Scottish Leaving Certificate Examination, 1958
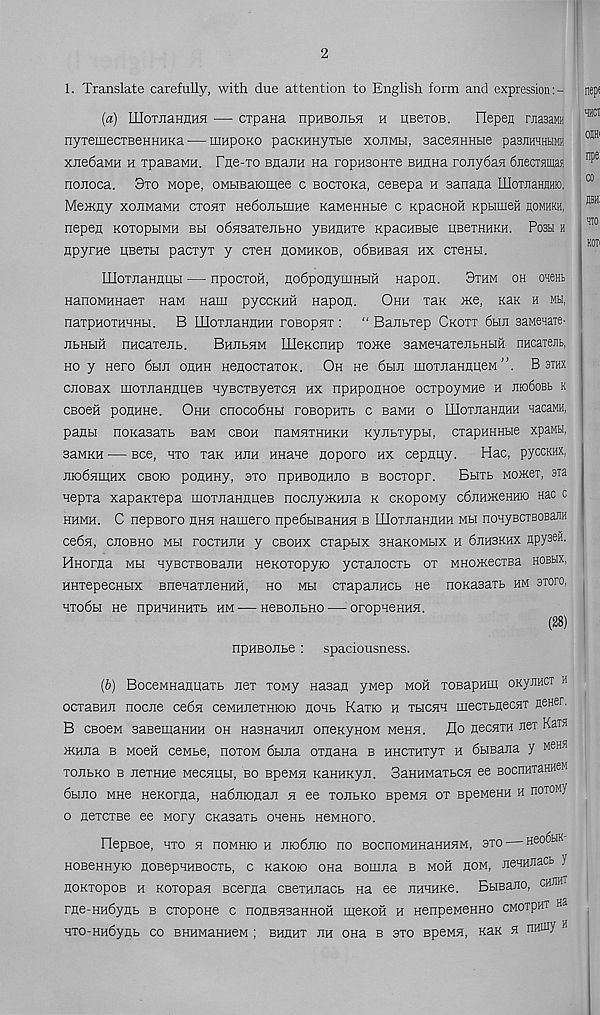
2
1. Translate carefully, with due attention to English form and expression
(a) liloTJiaHnnH •—■ cxpana npuBonbsi h UBeroB.
riepen rnasaMH
nyTemecTBenHHKa — mnpoKO pacKHHyrae xojimbi, saceHHHtie pasjimHHM
xjiedaMH h ipaBawH. fne-TO BHariH na ropHSonxe BHHHa rojiydaa 6jiecTamas
nonoca. 3xo Mope, oMtiBaiomee c Bocxona, cesepa h Banana IIloTJiaHBHio.
Memny xonMaMH cxohx Hedojibiime KaMeHHbie c KpacnoH Kpumeft bomhkh,
nepen KOXopbiMH bh odnsaxeribHO yBHnnxe KpacnBbie BBexHUKH. Posu h
npyrne UBexbi pacxyx y oxen homhkob, odsHBan hx cxenbi.
LUoxjiaHniJibi — npocxoh, nodponyuinbiH Hapon.
9xhm oh oaeHb
nanoMHHaex naM nam pyccKHil napon.
Ohh xax me, khk h mh,
naxpnoxHHHbi. B IIIoxjiaHnHH rosopsix : “ Banbxep Ckoxx 6bin saMesaTe-
jibHbiii nncaxenb.
Bhubsim IIIeKcnHp xome saMenaxeaibH* nHcaxeBb,
ho y Hero 6bm ohhh HenocxaxoK. Oh He 6bin moxnaHnneM ”. B sthx
cnoBax moxjiaHHueB HyscxEyexcsi hx npaponnoe ocxpoyMHe h jiio6obi> k
CBoeii ponHHe. Ohh cnocodHbi roBopHXb c BaMH o nioxnaHHHH xacaMH,
panbi noKaBaxb BaM cboh naMHXHHKH Kyjibxypbi, cxapHHHbie xpawbi,
saMKH — Bee, hxo xax hhh HHane noporo hx cepany.
Hac, pyccKHX,
modHiHHX cbok) poHHHy, 3xo npHEonnao b Bocxopr.
Bbixb Momex, axa
nepxa xapaxxepa moxjiaHHHeB nocnymnna k CKopoMy cdnHmeHHio Hac c
hhmh. C nepBoro hhh Hamero npedbiBaHHH b HIoxjiaHUHH mh nonyBCTBOBaJiH
cedn, chobho mh tocxhuh y cbohx cxapbix snaKOMbix h 6hhbkhx npys™.
Hnorna mh HyBCXBOBaJiH neKOXopyio ycxanocxb ox MHomecxsa hobhx,
HHxepecHbix BnenaxjieHHH, ho mh cxapajmcb ne noKasaxb hm axoro,
HX06bI He npHHHHHXb HM- H6B0JIbH0 OFOpHeHHH.
(28)
npHBonbe : spaciousness.
(b) BoceMHanuaxb nex xoMy Hasan yMep moh xosapHiH oKyroicx h
ocxaBHJi nocne cedn ceMHnexHioio nonb Kaxso h thchh mecxbnecHT neHer.
B CBoeM saBemaHHH oh HaBHaHHJi oneKynoM mchh. flo necHTH nex Kaxa
mnna b mock ceMbe, hoxom dbina oxnana b HHcraxyx h dbmana y MeHH
xonbKO b nexHHe MecHHH, bo BpeMH KaHHKyji. SaHHMaxbCH ee BOCiffixaHHeM
6hjio mho HeKorna, Hadraonan h ee xonbKo speMH ox speMeroi h noxony
o nexcxse ee Mory CKasaxb onenb HeMHoro.
IdepBOe, HXO H nOMHIO H JIBDdjIlO HO BOCnOMHHaHHHM, 3X0 — Heo6bK
HOBeHHyio noBepHHBoexb, c KaKoio OHa BoniJia b moh hom, neHHnacb y
noKxopoB h Koxopan Bcerna cBexHJiacb na ee hhhhkc . Bbieano, chsht
rne-HH6ynb b cxopone c nonBasaHHOH menoH h HenpeMenno cMOxpHi Ha
HX0-HH6ynb CO BHHMaHH6M ; BHHHX JXH OHa B 3X0 BpeMH, KaK n nHiny H